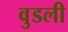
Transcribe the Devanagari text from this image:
वुडली